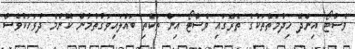
ވެސްޓޯ އިންދޭ ޚިދުމަތްތަކުގެ ތެރޭގައި ވެސްޓޯ އިން ތަކެތި ބައްލައިވަގުތުމުން ކޮންމެ ދުވަހަކުވެސް